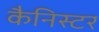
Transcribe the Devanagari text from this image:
कैनिस्टर